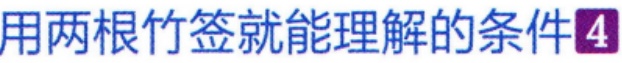
用两根竹签就能理解的条件\(4\)